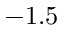
- 1 . 5